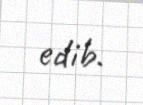
edib.